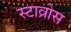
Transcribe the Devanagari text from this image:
स्टाव्रोस